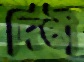
দিপ্তী